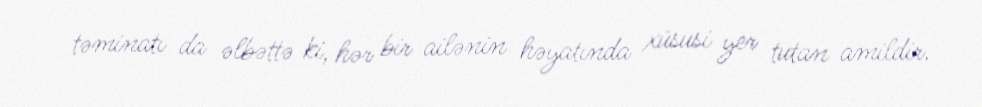
təminatı da əlbəttə ki, hər bir ailənin həyatında xüsusi yer tutan amildir.